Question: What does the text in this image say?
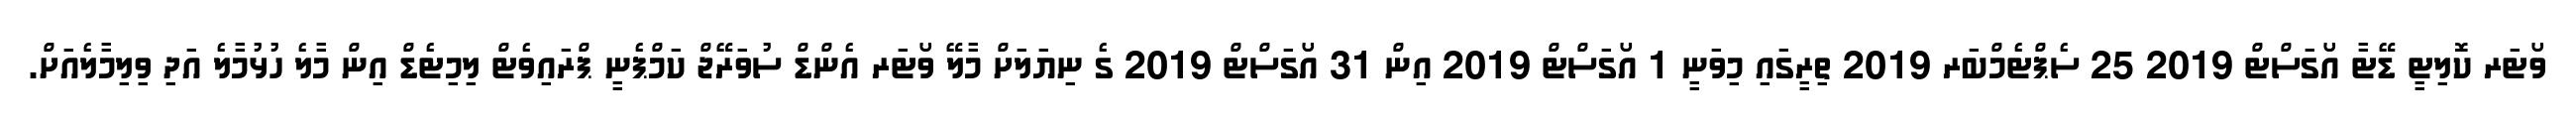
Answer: ވޯޓަރ ކޮލިޓީ ޑޭޓާ އޯގަސްޓް 2019 25 ސެޕްޓެމްބަރ 2019 ތިރީގައި މިވަނީ 1 އޯގަސްޓް 2019 އިން 31 އޯގަސްޓް 2019 ގެ ނިޔަލަށް މާލޭ ވޯޓަރ އެންޑް ސުވަރޭޖް ކަމްޕެނީ ޕްރައިވެޓް ލިމިޓެޑް އިން މާލެ ހުޅުމާލެ އަދި ވިލިމާލެއަށް.